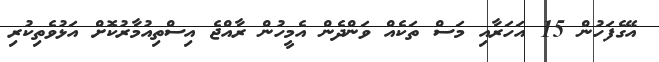
އޭގެފަހުން 15 އަހަރާއި މަސް ތަކެއް ވަންދެން އެމީހުން ރާއްޖެ އިސްތިއުމާރުކޮށް އަޅުވެތިކުރި